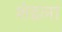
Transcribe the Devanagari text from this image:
शेइला